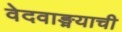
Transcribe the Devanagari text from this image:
वेदवाङ्मयाची